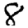
Digit: 8